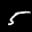
Label: 5